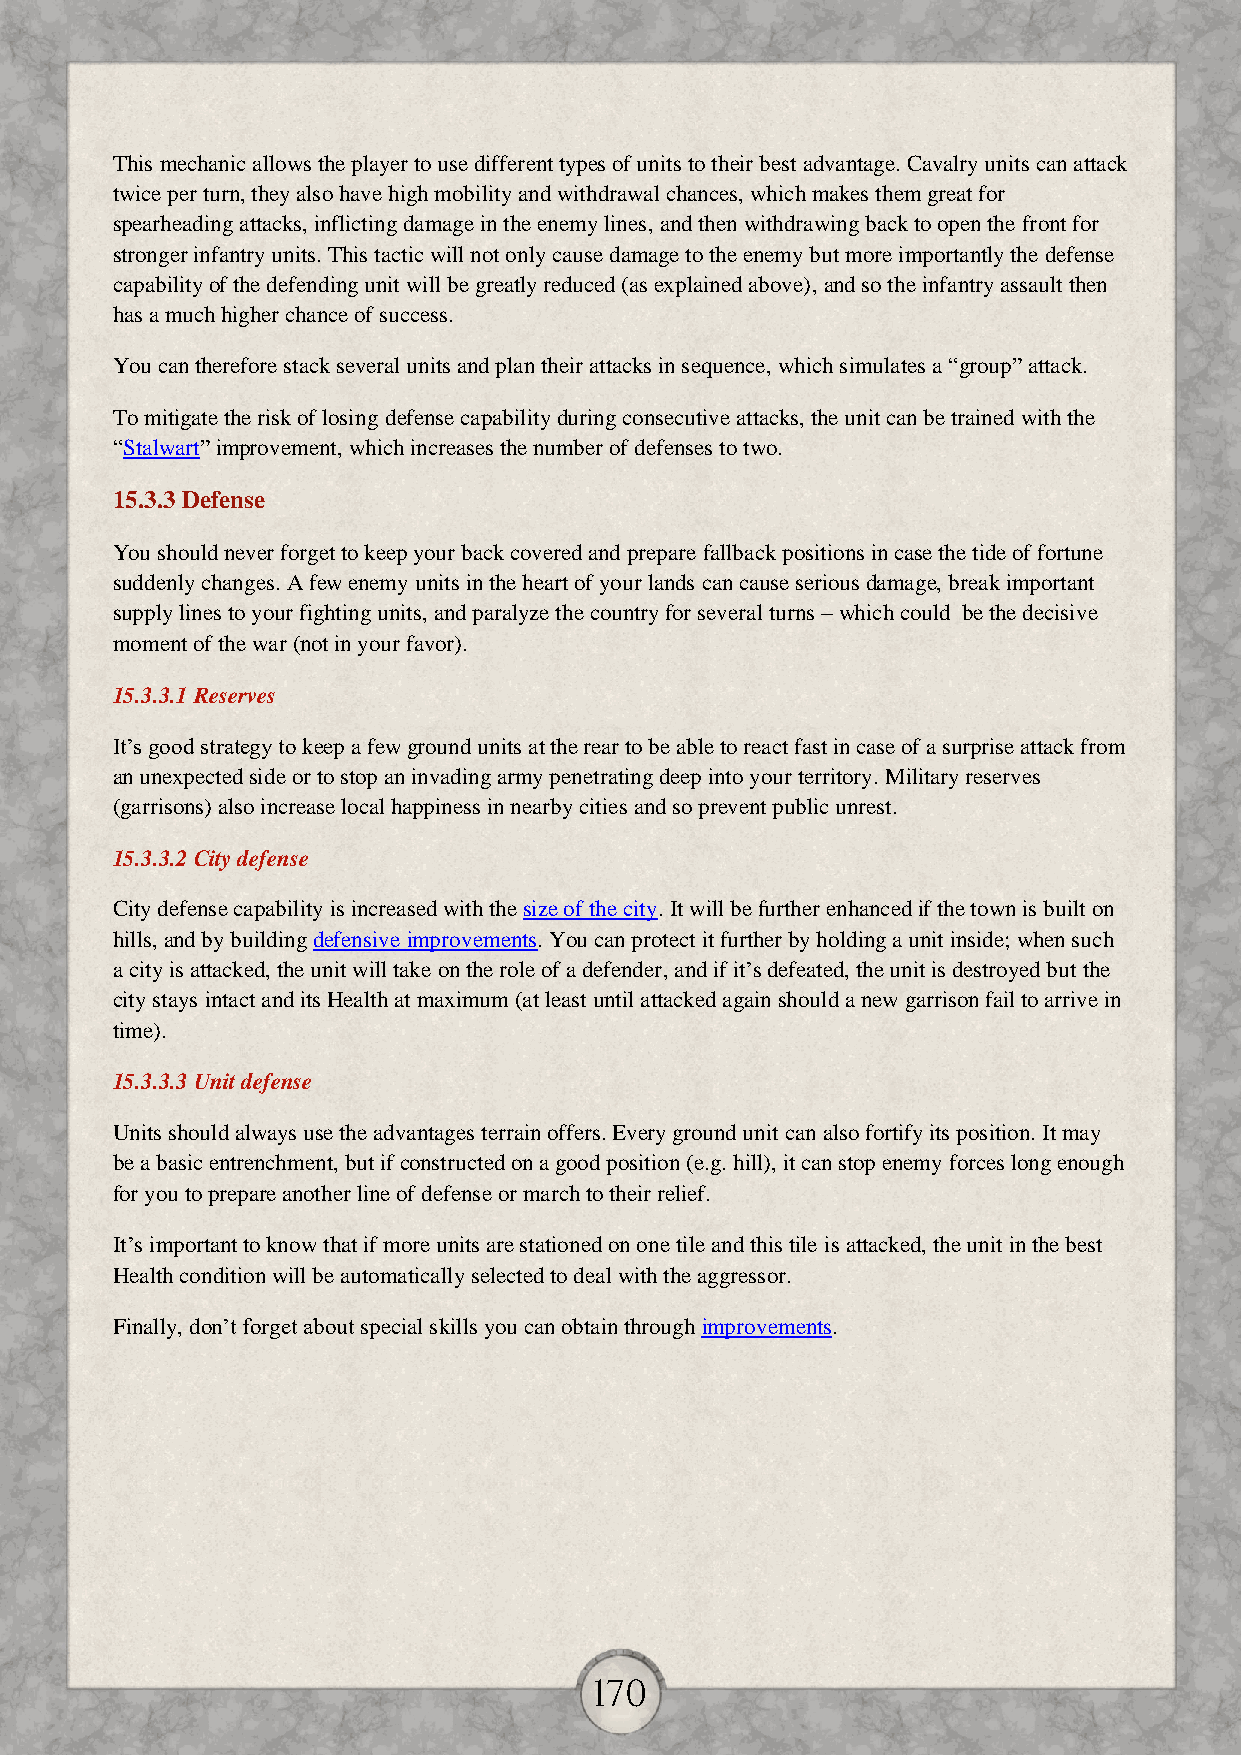
This mechanic allows the player to use different types of units to their best advantage. Cavalry units can attack
 twice per turn, they also have high mobility and withdrawal chances, which makes them great for
 spearheading attacks, inflicting damage in the enemy lines, and then withdrawing back to open the front for
 stronger infantry units. This tactic will not only cause damage to the enemy but more importantly the defense
 capability of the defending unit will be greatly reduced (as explained above), and so the infantry assault then
 has a much higher chance of success.
 You can therefore stack several units and plan their attacks in sequence, which simulates a “group” attack.
 To mitigate the risk of losing defense capability during consecutive attacks, the unit can be trained with the
 “Stalwart” improvement, which increases the number of defenses to two.
 15.3.3 Defense
 You should never forget to keep your back covered and prepare fallback positions in case the tide of fortune
 suddenly changes. A few enemy units in the heart of your lands can cause serious damage, break important
 supply lines to your fighting units, and paralyze the country for several turns – which could be the decisive
 moment of the war (not in your favor).
 15.3.3.1 Reserves
 It’s good strategy to keep a few ground units at the rear to be able to react fast in case of a surprise attack from
 an unexpected side or to stop an invading army penetrating deep into your territory. Military reserves
 (garrisons) also increase local happiness in nearby cities and so prevent public unrest.
 15.3.3.2 City defense
 City defense capability is increased with the size of the city. It will be further enhanced if the town is built on
 hills, and by building defensive improvements. You can protect it further by holding a unit inside; when such
 a city is attacked, the unit will take on the role of a defender, and if it’s defeated, the unit is destroyed but the
 city stays intact and its Health at maximum (at least until attacked again should a new garrison fail to arrive in
 time).
 15.3.3.3 Unit defense
 Units should always use the advantages terrain offers. Every ground unit can also fortify its position. It may
 be a basic entrenchment, but if constructed on a good position (e.g. hill), it can stop enemy forces long enough
 for you to prepare another line of defense or march to their relief.
 It’s important to know that if more units are stationed on one tile and this tile is attacked, the unit in the best
 Health condition will be automatically selected to deal with the aggressor.
 Finally, don’t forget about special skills you can obtain through improvements.
 170